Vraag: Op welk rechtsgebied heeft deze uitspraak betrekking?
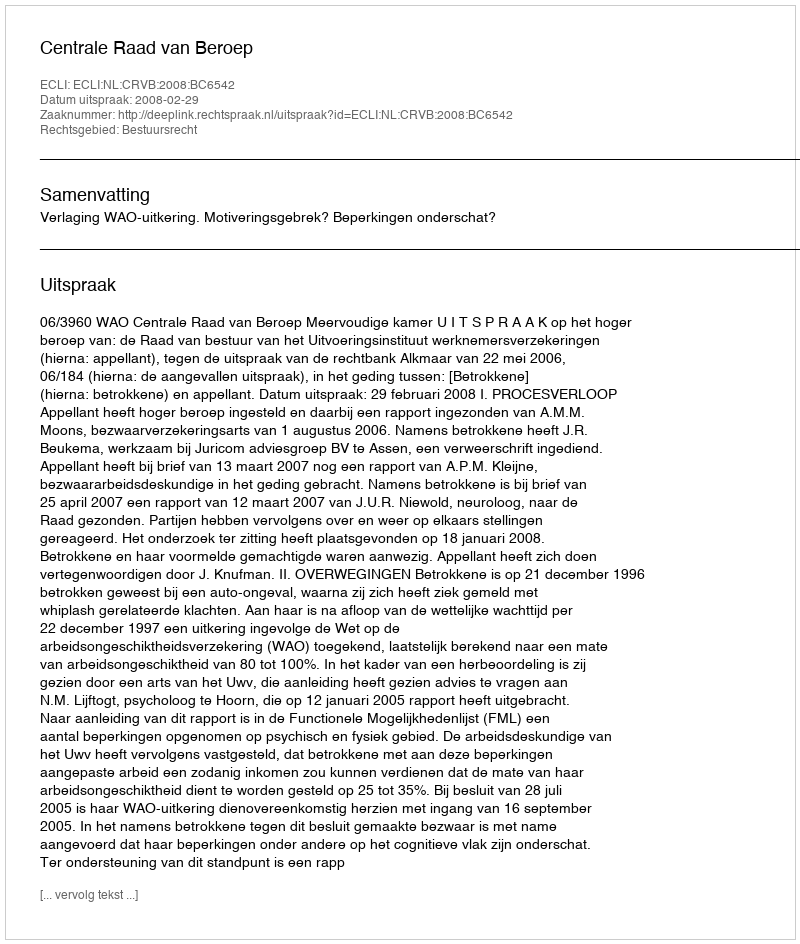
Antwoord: Bestuursrecht